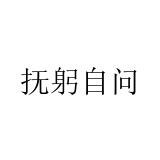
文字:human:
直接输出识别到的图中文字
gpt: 抚躬自问